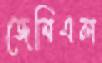
জেবিএল